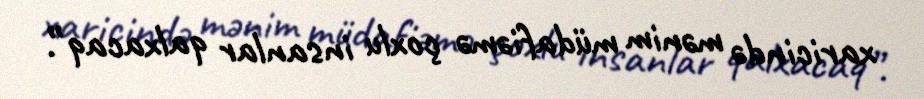
xaricində mənim müdafiəmə çoxlu insanlar qalxacaq”.